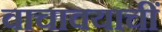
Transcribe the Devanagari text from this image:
वाचावयाचीं